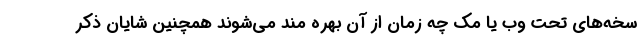
سخه‌های تحت وب یا مک چه زمان از آن بهره مند می‌شوند همچنین شایان ذکر